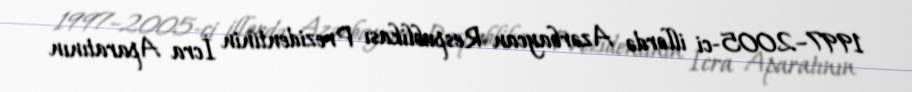
1997–2005-ci illərdə Azərbaycan Respublikası Prezidentinin İcra Aparatının